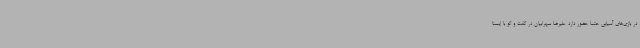
در بازی‌های آسیایی حتما حضور دارد علیرضا سهرابیان در گفت و گو با ایسنا